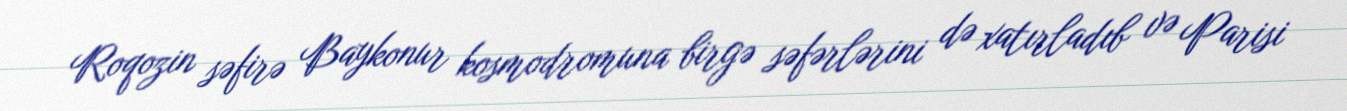
Roqozin səfirə Baykonur kosmodromuna birgə səfərlərini də xatırladıb və Parisi